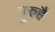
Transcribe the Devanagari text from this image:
गुरुहै